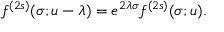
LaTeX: f ^ { ( 2 s ) } ( \sigma ; u - \lambda ) = e ^ { 2 \lambda \sigma } f ^ { ( 2 s ) } ( \sigma ; u ) .